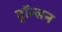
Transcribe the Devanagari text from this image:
ट्रॉन्सन